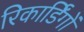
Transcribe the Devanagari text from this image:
रिकार्डिंगों